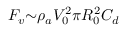
F _ { v } { \sim } { \rho } _ { a } V _ { 0 } ^ { 2 } { \pi } R _ { 0 } ^ { 2 } C _ { d }